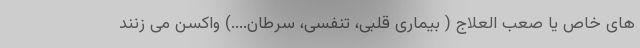
های خاص یا صعب العلاج ( بیماری قلبی، تنفسی، سرطان....) واکسن می زنند